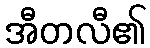
အီတလီ၏